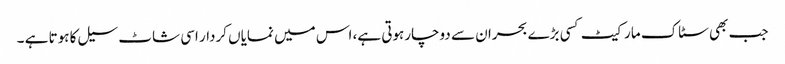
جب بھی سٹاک مارکیٹ کسی بڑے بحران سے دوچارہوتی ہے، اس میں نمایاں کردار اسی شاٹ سیل کا ہوتا ہے ۔